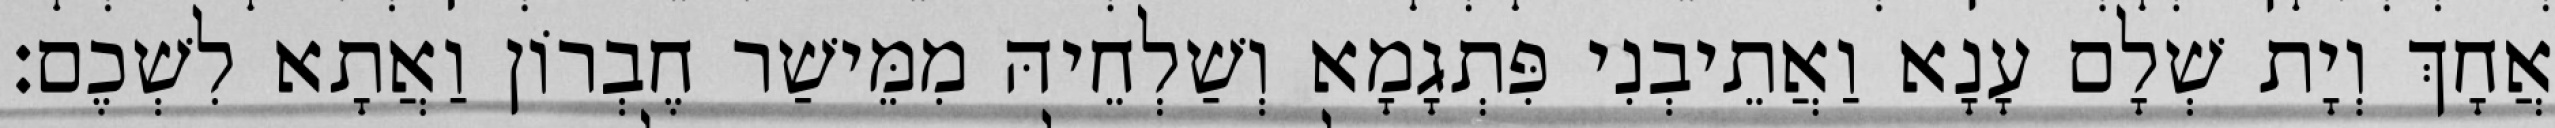
אֲחָךְ וְיָת שְׁלָם עָנָא וַאֲתֵיבְנִי פִּתְגָמָא וְשַׁלְחֵיהּ מִמֵּישַׁר חֶבְרוֹן וַאֲתָא לִשְׁכֶם׃